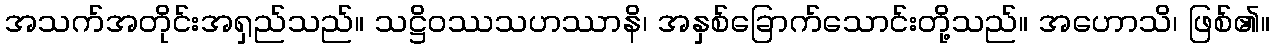
အသက်အတိုင်းအရှည်သည်။ သဋ္ဌိဝဿသဟဿာနိ၊ အနှစ်ခြောက်သောင်းတို့သည်။ အဟောသိ၊ ဖြစ်၏။